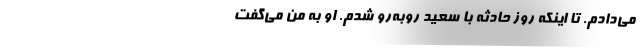
می‌دادم. تا اینکه روز حادثه با سعید روبه‌رو شدم. او به من می‌گفت